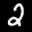
Label: 2